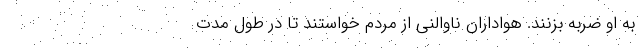
به او ضربه بزنند. هواداران ناوالنی از مردم خواستند تا در طول مدت